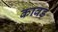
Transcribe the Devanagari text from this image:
कावड़